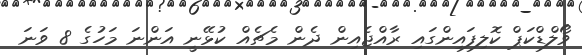
ވޯލްޑްކަޕް ކޮލިފައިންގައި ރާއްޖެއިން ދެން މެޗެއް ކުޅޭނީ އަންނަ މަހުގެ 8 ވަނަ